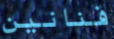
فنانين